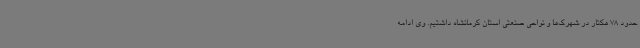
حدود 78 هکتار در شهرک‌ها و نواحی صنعتی استان کرمانشاه داشتیم. وی ادامه